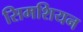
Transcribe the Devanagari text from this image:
सिमशियन